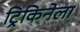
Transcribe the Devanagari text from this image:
ट्रिकिनेला